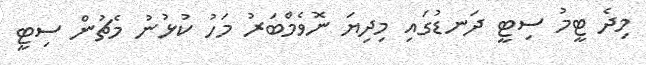
މިދެ ޓީމު ސިޓީ ދަނޑުގައި މިދިޔަ ނޮވެމްބަރު މަހު ކުޅުނު މެޗުން ސިޓީ